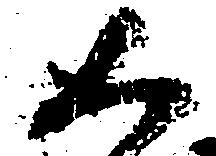
如